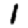
Digit: 1